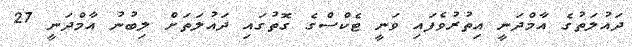
ދައުލަތުގެ އާމްދަނީ އިތުރުވެފައި ވަނީ ޓެކްސްގެ ގޮތުގައި ދައުލަތަށް ލިބުނު އާމްދަނީ 27